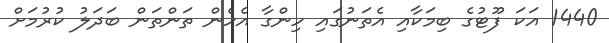
1440 އަކަ ފޫޓުގެ ބިމަކާއި އެތަނުގައި ހިންގާ އެހެން ތަންތަން ބަދަލު ކުރުމަށް